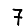
Digit: 7